Plague in India, 1896, 1897 - Volume 1
Year: 1896
Disease focus: Plague
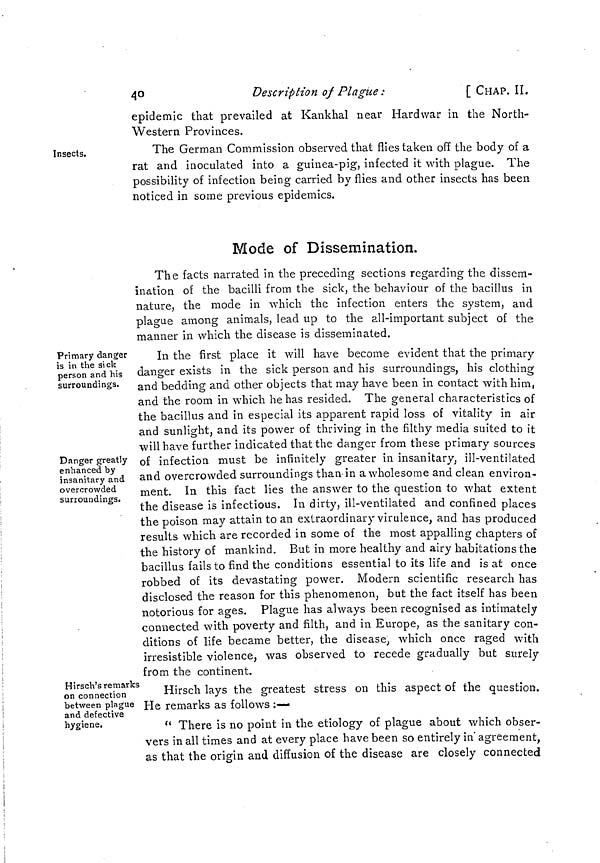
40
Description of Plague :
[ CHAP. II.
epidemic that prevailed at Kankhal near Hardwar in the North-
Western Provinces.
Insects.
The German Commission observed that flies taken off the body of a
rat and inoculated into a guinea-pig, infected it with plague. The
possibility of infection being carried by flies and other insects has been
noticed in some previous epidemics.
Mode of Dissemination.
The facts narrated in the preceding sections regarding the dissem-
ination of the bacilli from the sick, the behaviour of the bacillus in
nature, the mode in which the infection enters the system, and
plague among animals, lead up to the all-important subject of the
manner in which the disease is disseminated.
Primary danger
is in the sick
person and his
surroundings.
Danger greatly
enhanced by
insanitary and
overcrowded
surroundings.
In the first place it will have become evident that the primary
danger exists in the sick person and his surroundings, his clothing
and bedding and other objects that may have been in contact with him,
and the room in which he has resided. The general characteristics of
the bacillus and in especial its apparent rapid loss of vitality in air
and sunlight, and its power of thriving in the filthy media suited to it
will have further indicated that the danger from these primary sources
of infection must be infinitely greater in insanitary, ill-ventilated
and overcrowded surroundings than in a wholesome and clean environ-
ment. In this fact lies the answer to the question to what extent
the disease is infectious. In dirty, ill-ventilated and confined places
the poison may attain to an extraordinary virulence, and has produced
results which are recorded in some of the most appalling chapters of
the history of mankind. But in more healthy and airy habitations the
bacillus fails to find the conditions essential to its life and is at once
robbed of its devastating power. Modern scientific research has
disclosed the reason for this phenomenon, but the fact itself has been
notorious for ages. Plague has always been recognised as intimately
connected with poverty and filth, and in Europe, as the sanitary con-
ditions of life became better, the disease, which once raged with
irresistible violence, was observed to recede gradually but surely
from the continent.
Hirsch's remarks
on connection
between plague
and defective
hygiene.
Hirsch lays the greatest stress on this aspect of the question.
He remarks as follows :—
" There is no point in the etiology of plague about which obser-
vers in all times and at every place have been so entirely in agreement,
as that the origin and diffusion of the disease are closely connected